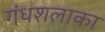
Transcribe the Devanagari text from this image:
गंधशलाका